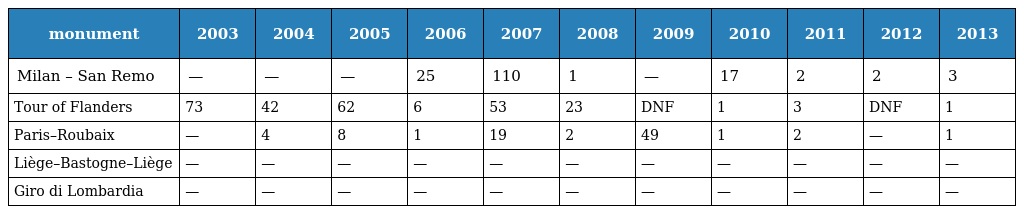
| monument | 2003 | 2004 | 2005 | 2006 | 2007 | 2008 | 2009 | 2010 | 2011 | 2012 | 2013 |
 | --- | --- | --- | --- | --- | --- | --- | --- | --- | --- | --- | --- |
 | Milan – San Remo | — | — | — | 25 | 110 | 1 | — | 17 | 2 | 2 | 3 |
 | Tour of Flanders | 73 | 42 | 62 | 6 | 53 | 23 | DNF | 1 | 3 | DNF | 1 |
 | Paris–Roubaix | — | 4 | 8 | 1 | 19 | 2 | 49 | 1 | 2 | — | 1 |
 | Liège–Bastogne–Liège | — | — | — | — | — | — | — | — | — | — | — |
 | Giro di Lombardia | — | — | — | — | — | — | — | — | — | — | — |